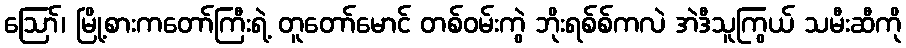
ဪ၊ မြို့စားကတော်ကြီးရဲ့ တူတော်မောင် တစ်ဝမ်းကွဲ ဘိုးရစ်စ်ကလဲ အဲဒီသူကြွယ် သမီးဆီကို